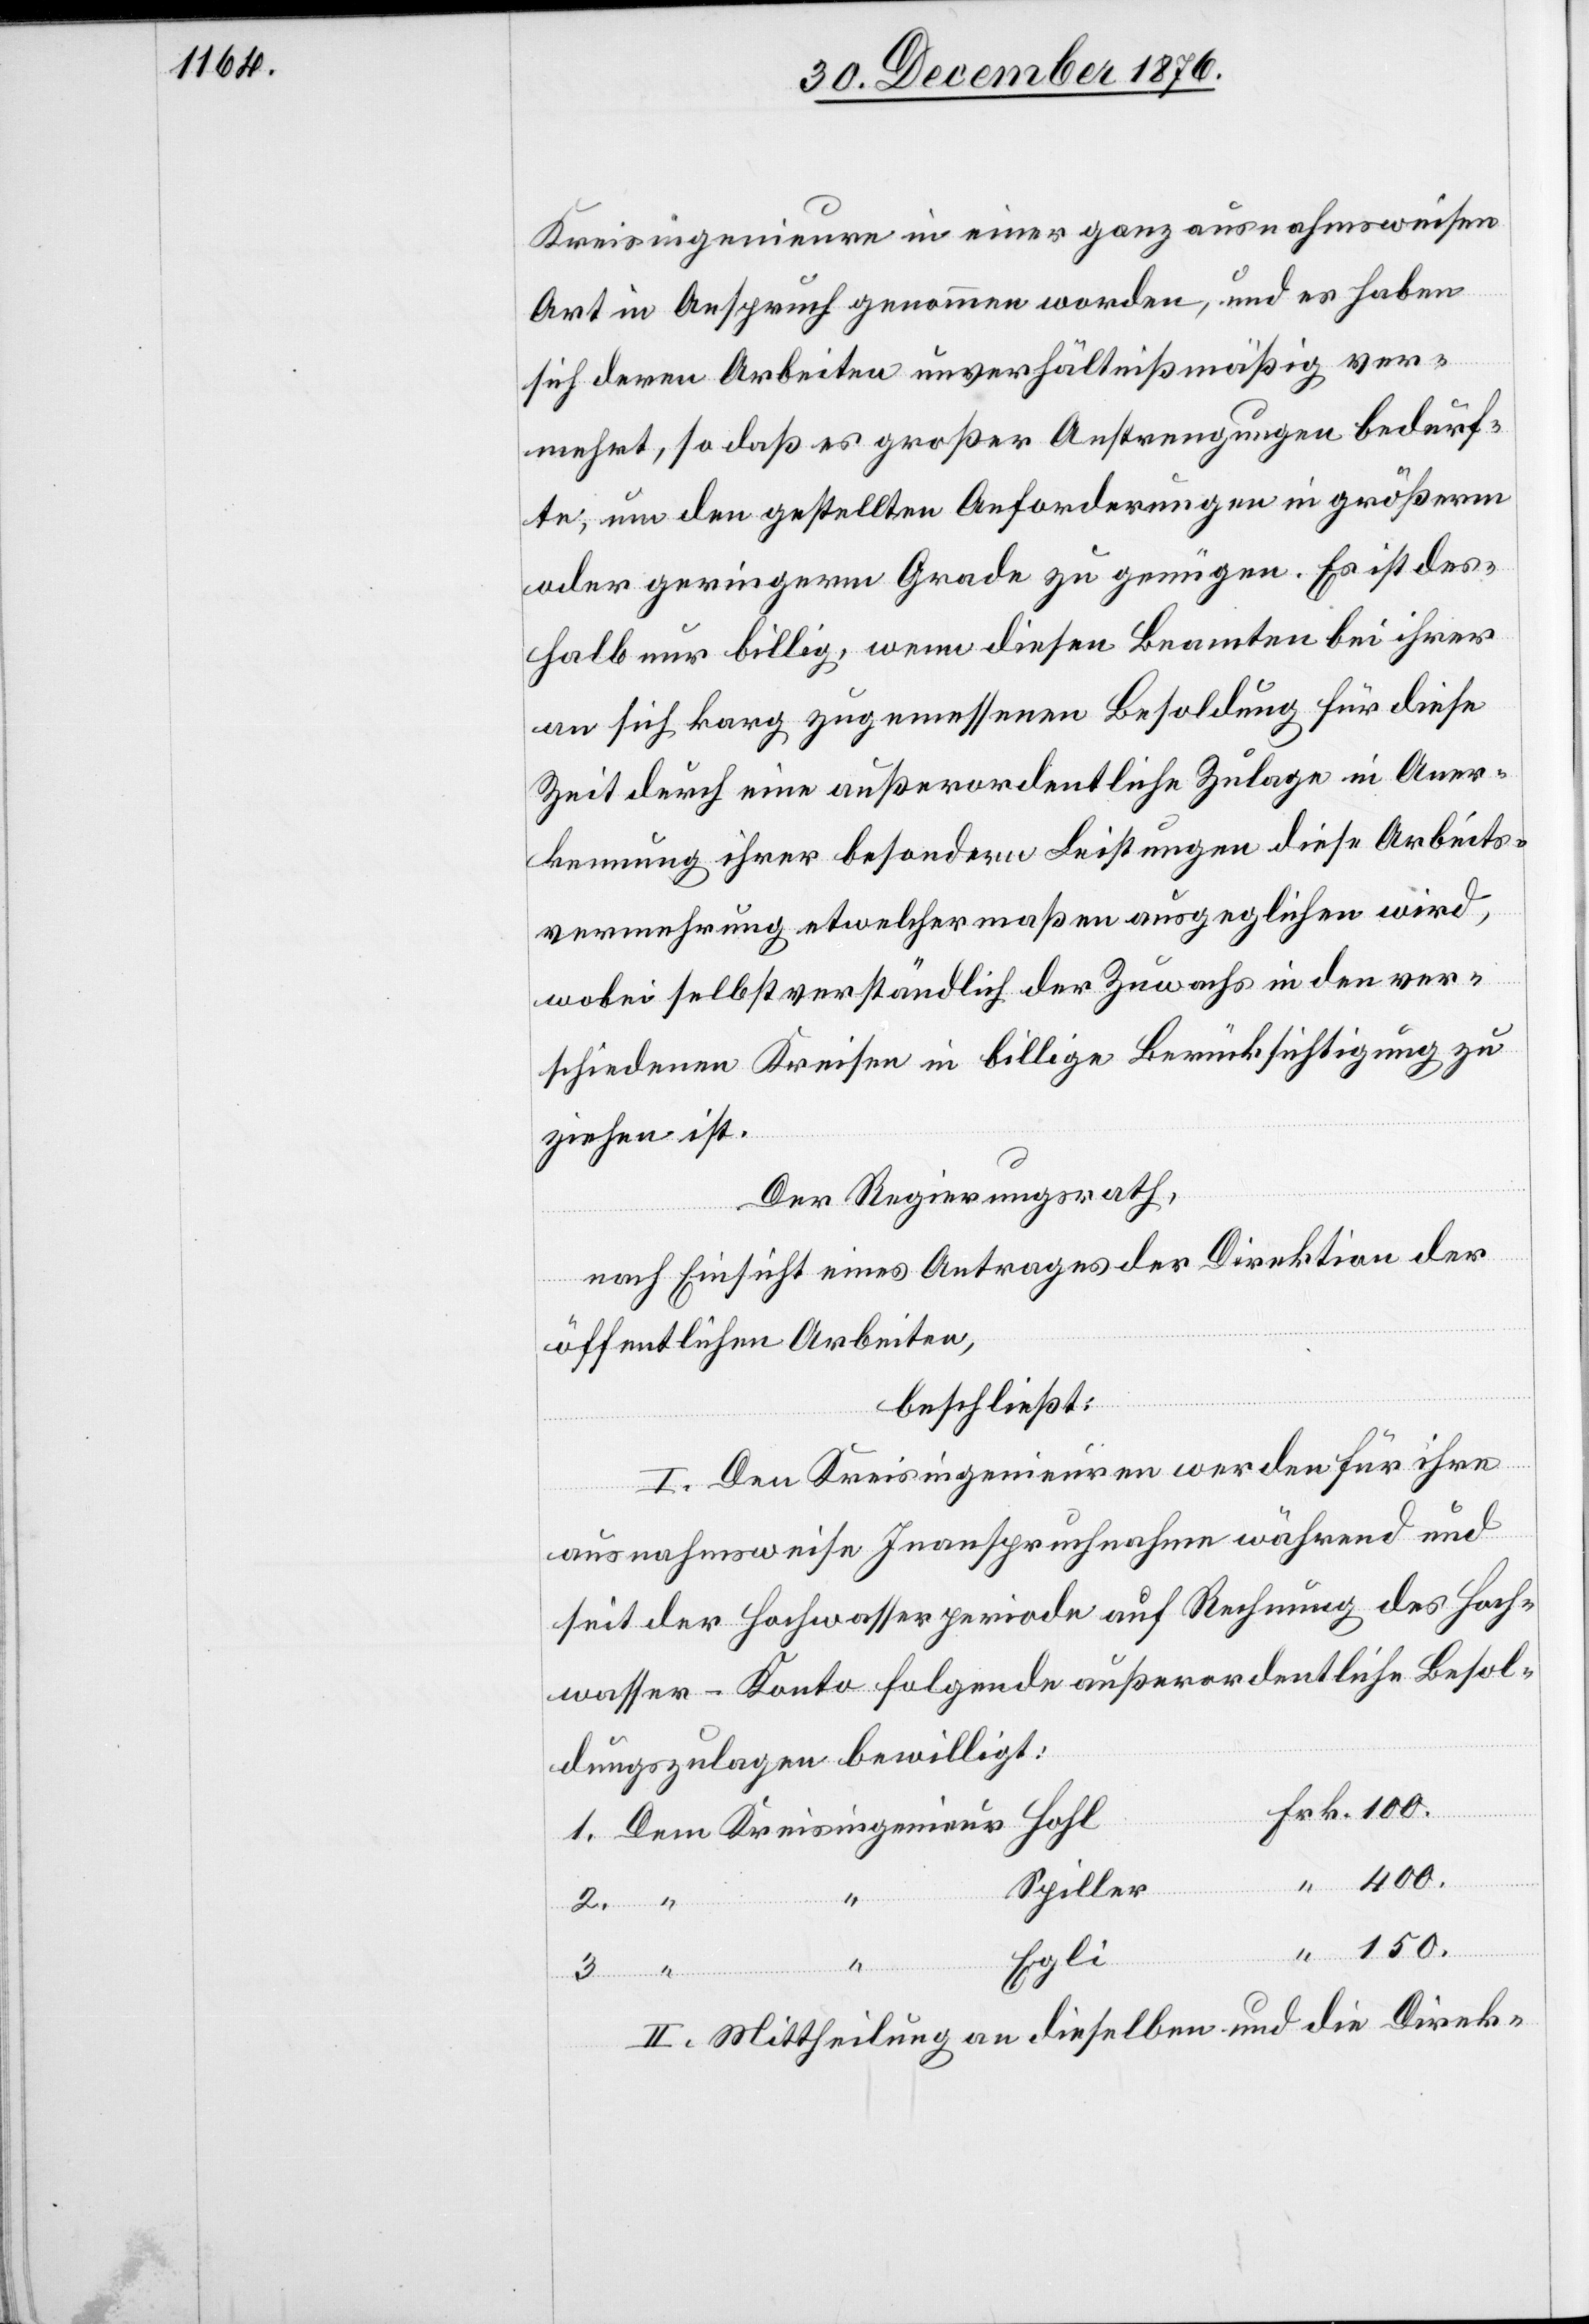
Kreisingenieure in einer ganz ausnahmsweisen
Art in Anspruch genommen worden, und es haben
sich deren Arbeiten unverhältnißmäßig ver¬
mehrt, so daß es großer Anstrengungen bedurf¬
te, um den gestellten Anforderungen in größerm
oder geringerm Grade zu genügen. Es ist des¬
halb nur billig, wenn diesen Beamten bei ihrer
an sich karg zugemessenen Besoldung für diese
Zeit durch eine außerordentliche Zulage in Aner¬
kennung ihrer besondern Leistungen diese Arbeits¬
vermehrung etwelchermaßen ausgeglichen wird,
wobei selbstverständlich der Zuwachs in den ver¬
schiedenen Kreisen in billige Berücksichtigung zu
ziehen ist.
Der Regierungsrath,
nach Einsicht eines Antrages der Direktion der
öffentlichen Arbeiten,
beschließt:
I. Den Kreisingenieuren werden für ihre
ausnahmsweise Inanspruchnahme während und
seit der Hochwasserperiode auf Rechnung des Hoch¬
wasser-Konto folgende außerordentliche Besol¬
dungszulagen bewilligt:
Spiller
“
150.
2.
Egli
3.
II. Mittheilung an dieselben und an die Direk-